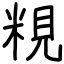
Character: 粯